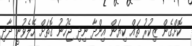
ކޮށްގެން ޒިކުރު ތައް ކިޔަން އިންދާ ނިދި ޖެހުނު ގޮތަށް ހޭލެވުނީ ދާދި